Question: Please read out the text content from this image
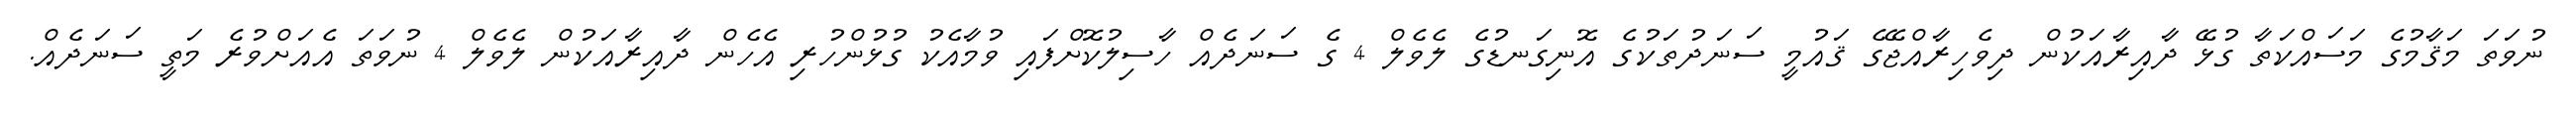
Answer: ނުވަތަ މަޤާމުގެ މަސައްކަތާ ގުޅޭ ދާއިރާއަކުން ދިވެހިރާއްޖޭގެ ޤައުމީ ސަނަދުތަކުގެ އޮނިގަނޑުގެ ލެވެލް 4 ގެ ސަނަދެއް ހާސިލުކޮށްފައި ވުމާއެކު ގުޅުންހުރި އެހެން ދާއިރާއަކުން ލެވެލް 4 ނުވަތަ އެއަށްވުރެ މަތީ ސަނަދެއް.